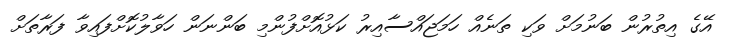
އޭގެ އިތުރުން ބަނުމަށް ވަކި ތަނެއް ހަމަޖައްސާއިރު ކަޅުއޮށްފުންމި ބަންނަން ހަވާލުކޮށްފައިވާ ފަރާތަށް